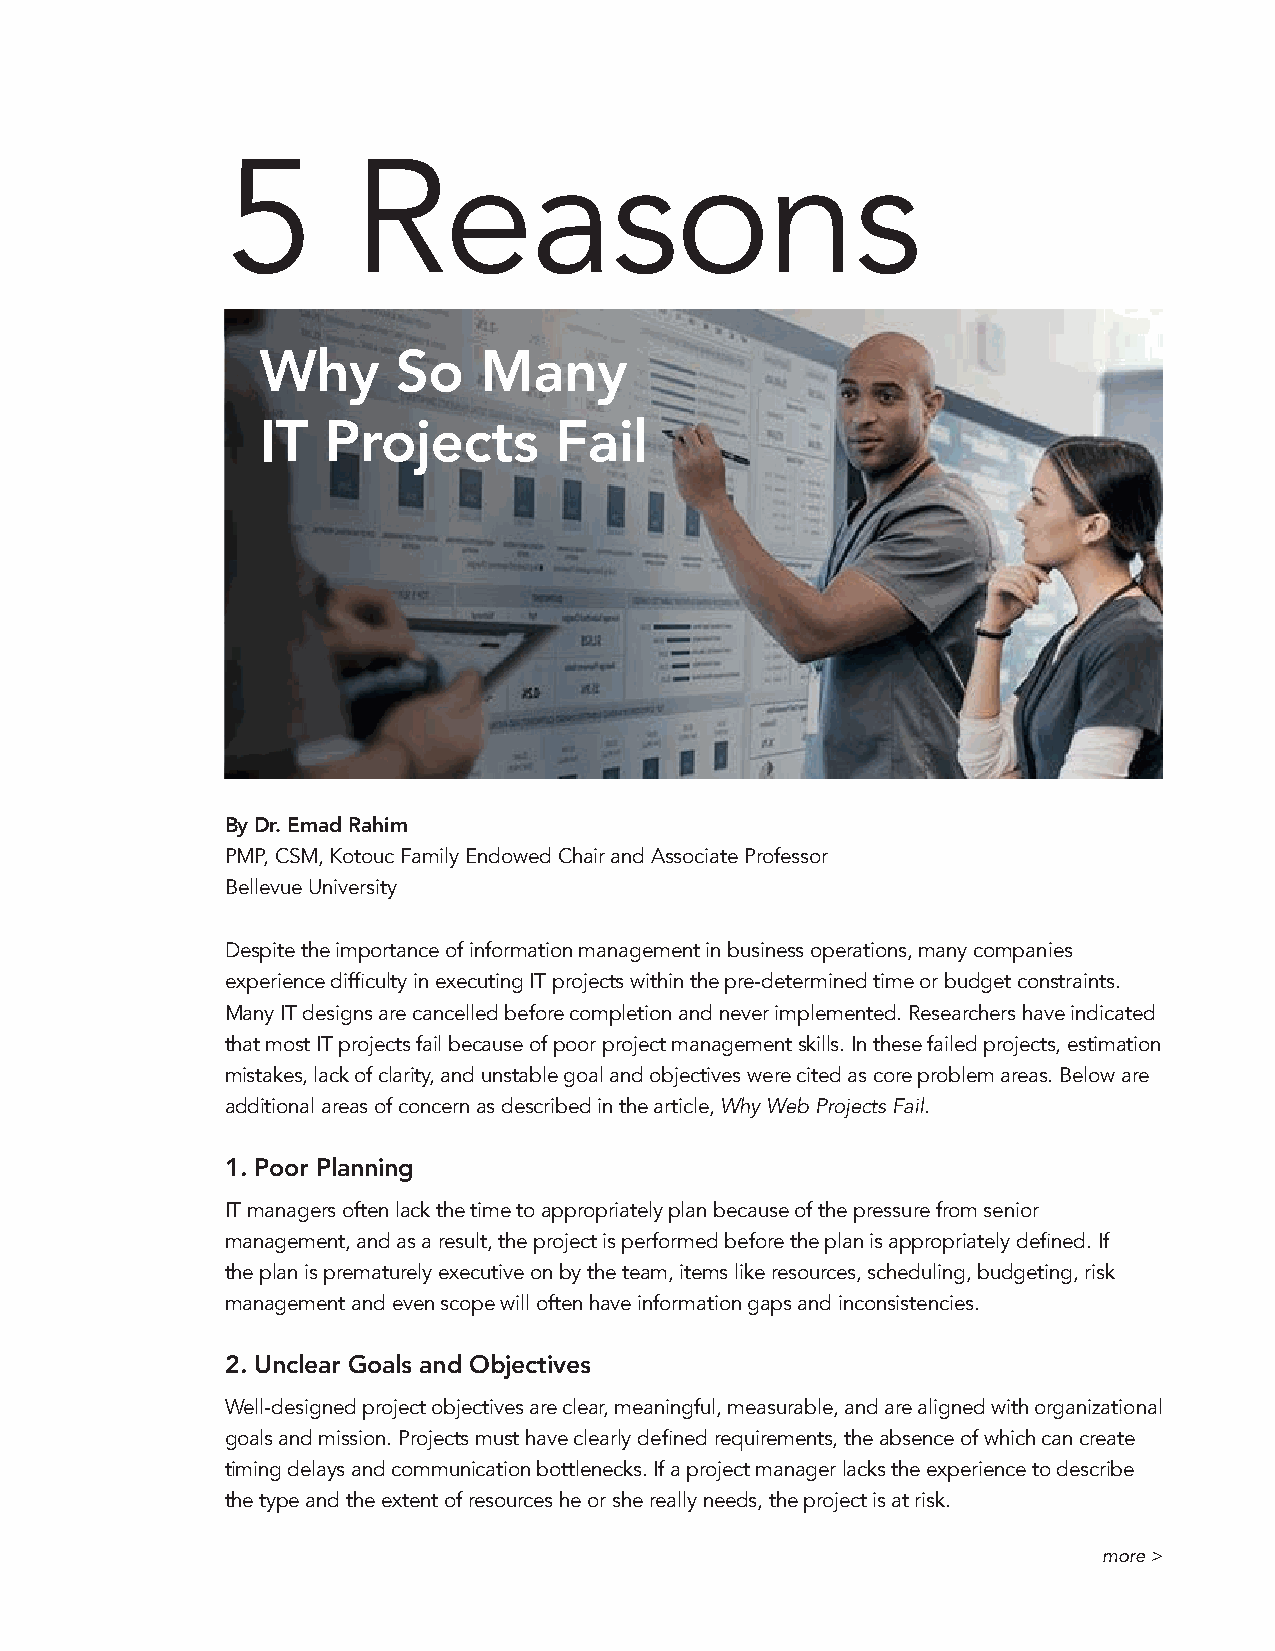
5       Reasons
 Why      So    Many
 IT  Projects        Fail
 By Dr. Emad Rahim
 PMP, CSM, Kotouc Family Endowed Chair and Associate Professor
 Bellevue University
 Despite the importance of information management in business operations, many companies
 experience difficulty in executing IT projects within the pre-determined time or budget constraints.
 Many IT designs are cancelled before completion and never implemented. Researchers have indicated
 that most IT projects fail because of poor project management skills. In these failed projects, estimation
 mistakes, lack of clarity, and unstable goal and objectives were cited as core problem areas. Below are
 additional areas of concern as described in the article, Why Web Projects Fail.
 1. Poor Planning
 IT managers often lack the time to appropriately plan because of the pressure from senior
 management, and as a result, the project is performed before the plan is appropriately defined. If
 the plan is prematurely executive on by the team, items like resources, scheduling, budgeting, risk
 management and even scope will often have information gaps and inconsistencies.
 2. Unclear Goals and Objectives
 Well-designed project objectives are clear, meaningful, measurable, and are aligned with organizational
 goals and mission. Projects must have clearly defined requirements, the absence of which can create
 timing delays and communication bottlenecks. If a project manager lacks the experience to describe
 the type and the extent of resources he or she really needs, the project is at risk.
 more >